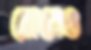
ক্ষেত্রেও